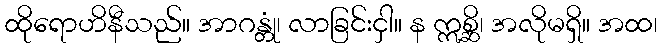
ထိုရောဟိနီသည်။ အာဂန္တုံ၊ လာခြင်းငှါ။ န ဣစ္ဆိ၊ အလိုမရှိ။ အထ၊